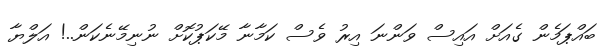
ބައްޕަމެން ގެއަށް އައިސް ވަންނަ އިރު ވެސް ކަމާނާ މޭކަޕުކޮށް ނުނިމޭނެކަން..! އަލްޔާ